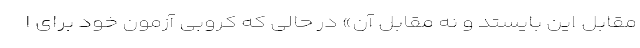
مقابل این بایستد و نه مقابل آن» در حالی که کروبی آزمون خود برای ا